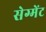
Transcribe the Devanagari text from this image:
सेग्मेंट